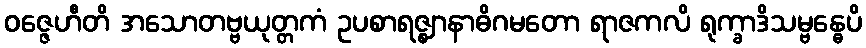
ဝဇ္ဇေဟီတိ အသောတဗ္ဗယုတ္တကံ ဥပစာရဇ္ဈာနာဓိဂမတော ရာဇကလိ ရုက္ခာဒိသမ္ဗန္ဓေပိ